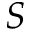
S